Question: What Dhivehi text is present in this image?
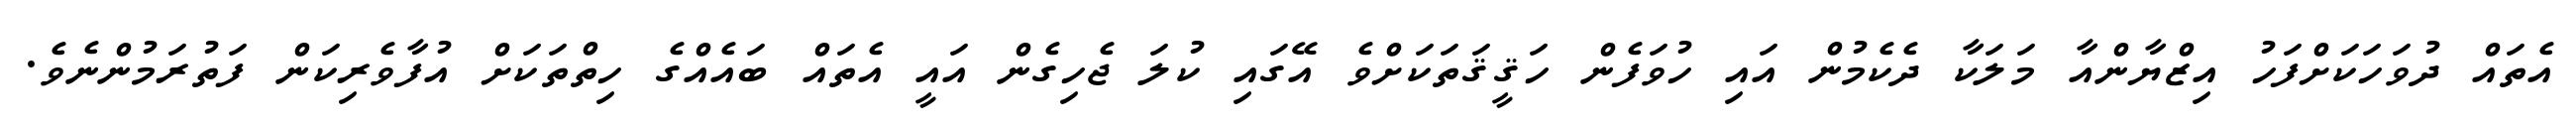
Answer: އެތައް ދުވަހަކަށްފަހު އިޒްޔާންއާ މަލަކާ ދެކެމުން އައި ހުވަފެން ހަޤީޤަތަކަށްވެ އޭގައި ކުލަ ޖެހިގެން އައީ އެތައް ބައެއްގެ ހިތްތަކަށް އުފާވެރިކަން ފަތުރަމުންނެވެ.